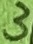
Text: 3